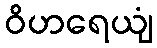
ဝိဟရေယျံ